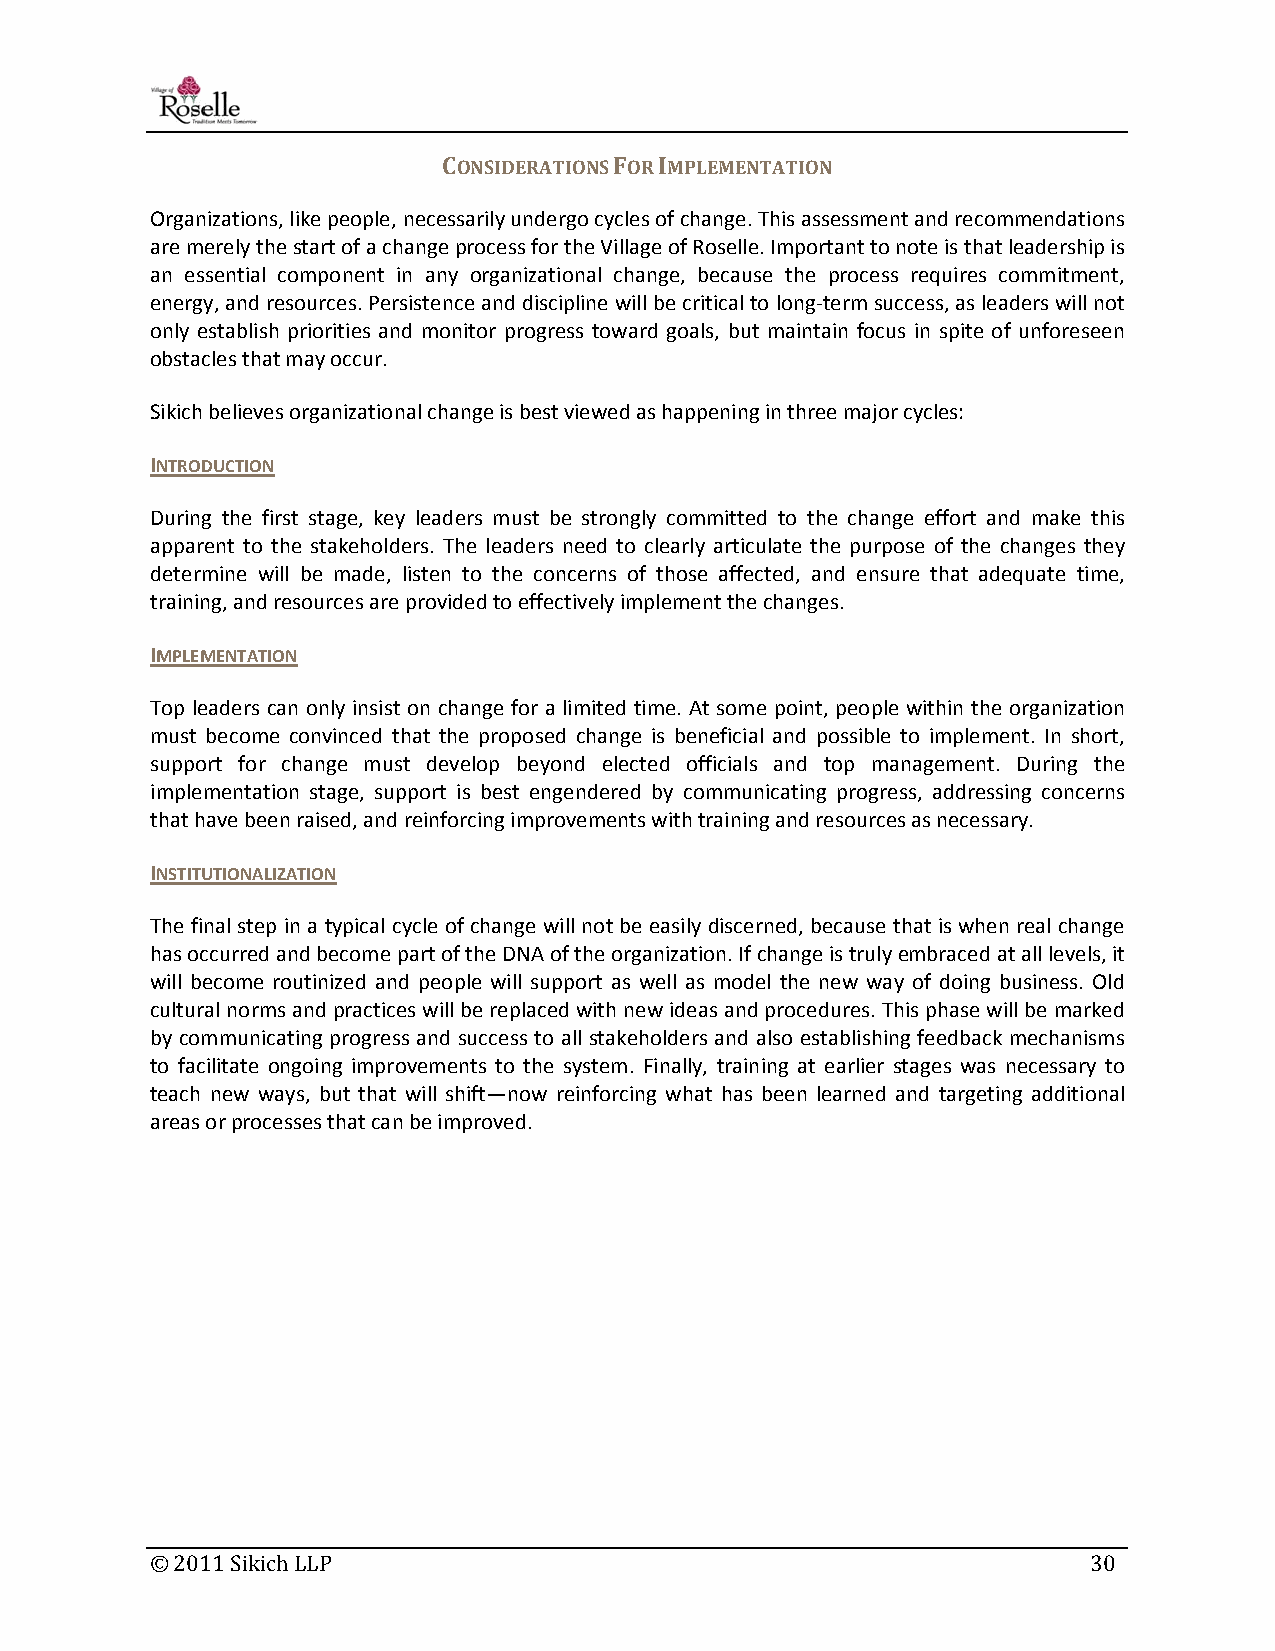
CONSIDERATIONS FOR IMPLEMENTATION
 Organizations, like people, necessarily undergo cycles of change. This assessment and recommendations
 are merely the start of a change process for the Village of Roselle. Important to note is that leadership is
 an essential component in any organizational change, because the process requires commitment,
 energy, and resources. Persistence and discipline will be critical to long‐term success, as leaders will not
 only establish priorities and monitor progress toward goals, but maintain focus in spite of unforeseen
 obstacles that may occur.
 Sikich believes organizational change is best viewed as happening in three major cycles:
 INTRODUCTION
 During the first stage, key leaders must be strongly committed to the change effort and make this
 apparent to the stakeholders. The leaders need to clearly articulate the purpose of the changes they
 determine will be made, listen to the concerns of those affected, and ensure that adequate time,
 training, and resources are provided to effectively implement the changes.
 IMPLEMENTATION
 Top leaders can only insist on change for a limited time. At some point, people within the organization
 must become convinced that the proposed change is beneficial and possible to implement. In short,
 support for change must develop beyond elected officials and top management. During the
 implementation stage, support is best engendered by communicating progress, addressing concerns
 that have been raised, and reinforcing improvements with training and resources as necessary.
 INSTITUTIONALIZATION
 The final step in a typical cycle of change will not be easily discerned, because that is when real change
 has occurred and become part of the DNA of the organization. If change is truly embraced at all levels, it
 will become routinized and people will support as well as model the new way of doing business. Old
 cultural norms and practices will be replaced with new ideas and procedures. This phase will be marked
 by communicating progress and success to all stakeholders and also establishing feedback mechanisms
 to facilitate ongoing improvements to the system. Finally, training at earlier stages was necessary to
 teach new ways, but that will shift—now reinforcing what has been learned and targeting additional
 areas or processes that can be improved.
 © 2011 Sikich LLP                                             30